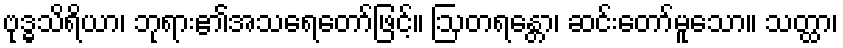
ဗုဒ္ဓသိရိယာ၊ ဘုရား၏အသရေတော်ဖြင့်။ ဩတရန္တော၊ ဆင်းတော်မူသော။ သတ္ထာ၊